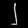
Digit: ၂